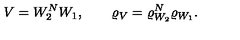
V = W _ { 2 } ^ { N } W _ { 1 } , \qquad \varrho _ { V } = \varrho _ { W _ { 2 } } ^ { N } \varrho _ { W _ { 1 } } .